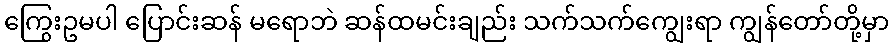
ကြွေးဥမပါ ပြောင်းဆန် မရောဘဲ ဆန်ထမင်းချည်း သက်သက်ကျွေးရာ ကျွန်တော်တို့မှာ